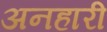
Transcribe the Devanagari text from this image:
अनहारी